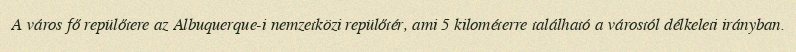
A város fő repülőtere az Albuquerque-i nemzetközi repülőtér, ami 5 kilométerre található a várostól délkeleti irányban.